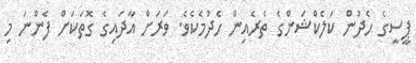
ޕީސީގެ ހެދުން ކަލެކްޝަންގެ ތެރެއިން ހެދުމެކެވެ. ވަރަށް އާދައިގެ ގޮތަކަށް ފެންނަ މި